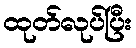
ထုတ်လုပ်ပြီး